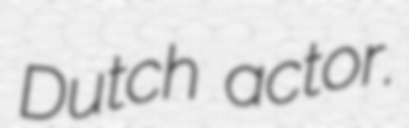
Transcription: Dutch actor.